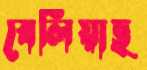
বেলিয়াছ